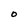
Character: O